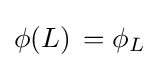
\phi (L)\,=\phi _{L}